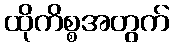
ထိုကိစ္စအတွက်